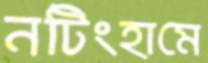
নটিংহামে